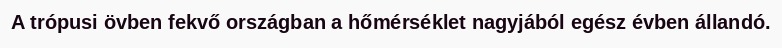
A trópusi övben fekvő országban a hőmérséklet nagyjából egész évben állandó.